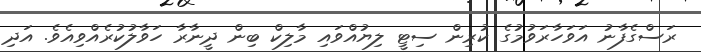
ރަސްގެފާނު އަވަހާރަވުމުގެ ކުރިން ސިޓީ ލިޔުއްވައި މާލިކް ބިން ދީނާރާ ހަވާލުކުރެއްވިއެވެ. އަދި